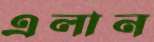
এলান